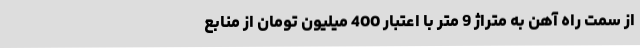
از سمت راه آهن به متراژ 9 متر با اعتبار 400 میلیون تومان از منابع